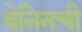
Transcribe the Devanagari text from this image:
बेनिनची